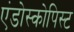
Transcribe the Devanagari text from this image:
एंडोस्कोपिस्ट